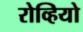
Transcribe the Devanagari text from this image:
रोव्हियो